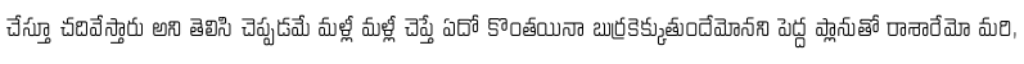
చేస్తూ చదివేస్తారు అని తెలిసి చెప్పడమే మళ్లీ మళ్లీ చెప్తే ఏదో కొంతయినా బుర్రకెక్కుతుందేమోనని పెద్ద ప్లానుతో రాశారేమో మరి,